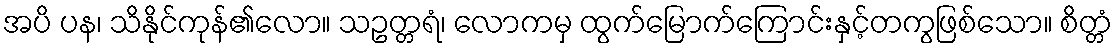
အပိ ပန၊ သိနိုင်ကုန်၏လော။ သဥတ္တရံ၊ လောကမှ ထွက်မြောက်ကြောင်းနှင့်တကွဖြစ်သော။ စိတ္တံ